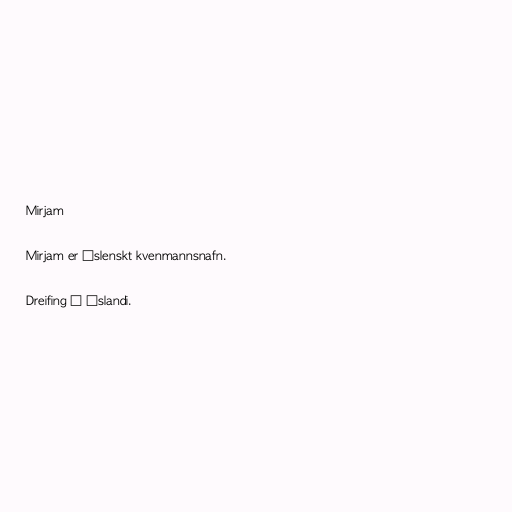
Mirjam

Mirjam er íslenskt kvenmannsnafn.

Dreifing á Íslandi.